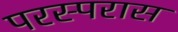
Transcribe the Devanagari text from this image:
परस्परास